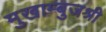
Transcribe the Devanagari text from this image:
मुखाम्बुजश्री